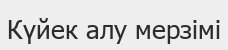
Күйек алу мерзімі